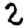
Digit: 2